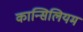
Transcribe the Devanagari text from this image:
कान्सिलियम